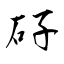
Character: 矷